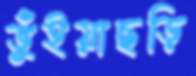
ভুঁইয়াছড়ি